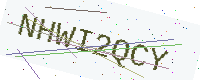
Text: NHWI2QCY